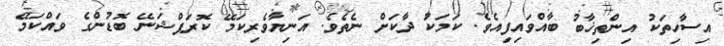
އިސާހިތަކު އިންތިޚާބު ބާއްވައިފިއެވެ. ކަމަކު ދާކަށް ނެތެވެ. އަނިޔާވެރިކަމޭ ކޮރަޕްޝަނޭ ބޮޑުންގެ ވައްކަމޭ